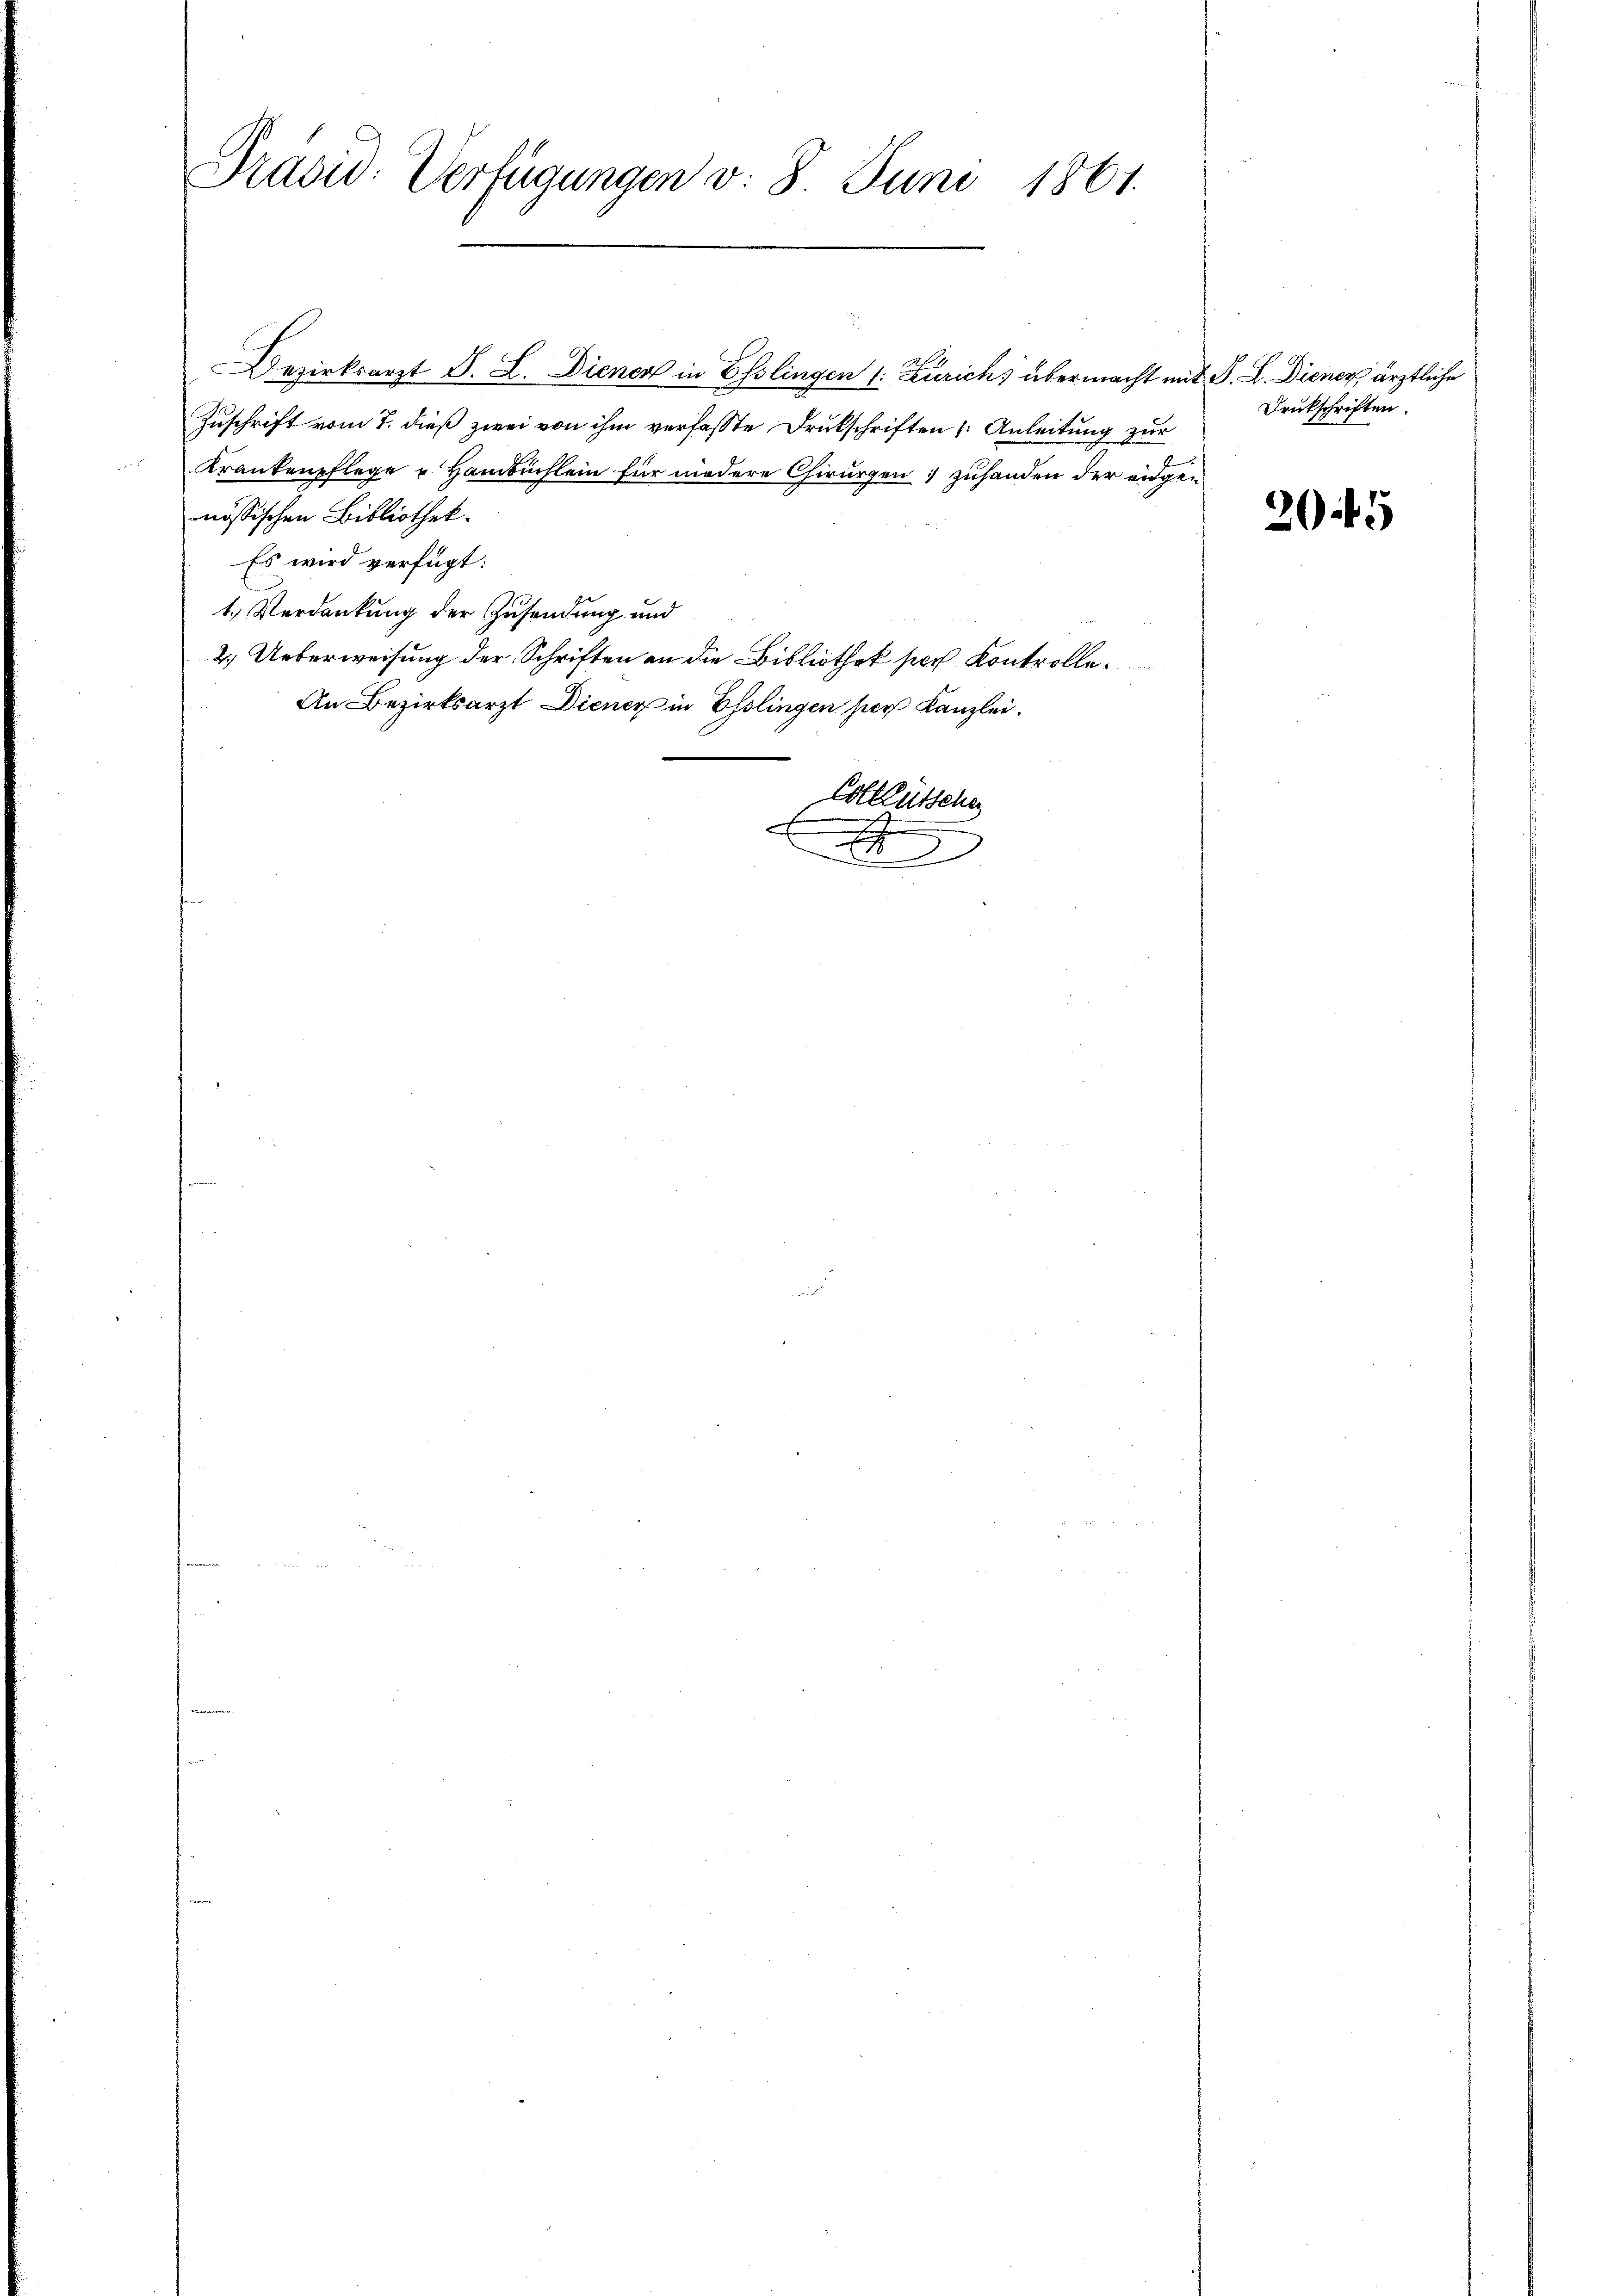
Präsid. Verfügungen v. 8. Juni 1861.

Dezirksarzt F. L. Dienen in Esslingen (: Zürich, übermacht mit F. L. Dienen, ärztliche
Zuschrift vom 7. dieß zwei von ihm verfasste Drukschriften (: Anleitung zur
Krankenpflege u. Hambuchlein für niedere Chirurgen; zuhanden der eidgen
nössischen Bibliothek.
Es wird verfügt:
1.) Verdankung der Zusendung und
2.) Ueberweisung der Schriften an die Bibliothek ser Kontrolle¬
An Bezirksarzt Diener in Esslingen hier Kanzlei.
Colleütschen
F
s
.

1

Drukschriften.

2045